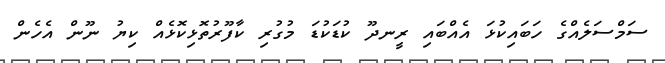
ސަމްސަލެއްގެ ހަބައިކުޅަ އެއްބައި ރީނދޫ ކުޑަކުޑަ މުގުރި ކާފޫރުތޮޅިކޮޅެއް ކިޔު ނޫން އެހެން